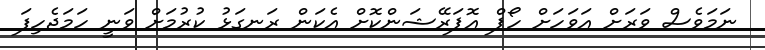
ނަމަވެސް ވަރަށް އަވަހަށް ހޯޕް އޮޕަރޭޝަންކޮށް އެކަން ރަނގަޅު ކުރުމަށް ވަނީ ހަމަޖެހިފަ